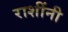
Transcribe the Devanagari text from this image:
राशींनी